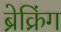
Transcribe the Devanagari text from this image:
ब्रेक्रिंग